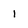
Character: i